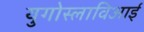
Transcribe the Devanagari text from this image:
युगोस्लाविआई